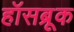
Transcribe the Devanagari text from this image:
हॉसब्रूक